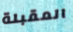
المقبلة